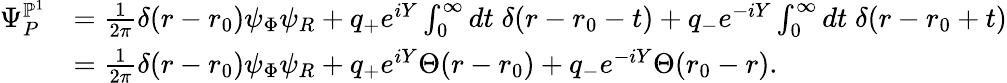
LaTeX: \begin{array}{rl}{\Psi_{P}^{\mathbb{P}^{1}}}&{=\frac{1}{2\pi}\delta(r-r_{0})\psi_{\Phi}\psi_{R}+q_{+}e^{iY}\int_{0}^{\infty}dt\; \delta(r-r_{0}-t)+q_{-}e^{-iY}\int_{0}^{\infty}dt\; \delta(r-r_{0}+t)}\\ &{=\frac{1}{2\pi}\delta(r-r_{0})\psi_{\Phi}\psi_{R}+q_{+}e^{iY}\Theta(r-r_{0})+q_{-}e^{-iY}\Theta(r_{0}-r).}\end{array}